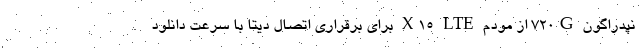
نپدراگون 720G از مودم X15 LTE برای برقراری اتصال دیتا با سرعت دانلود